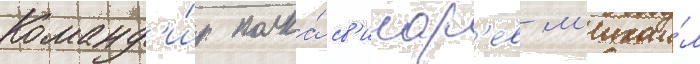
Команд'и́р полка́ св'инар'ев м'ихаи́л